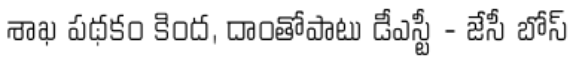
శాఖ పథకం కింద, దాంతోపాటు డీఎస్టీ - జేసీ బోస్